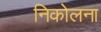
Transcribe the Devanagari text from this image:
निकोलना